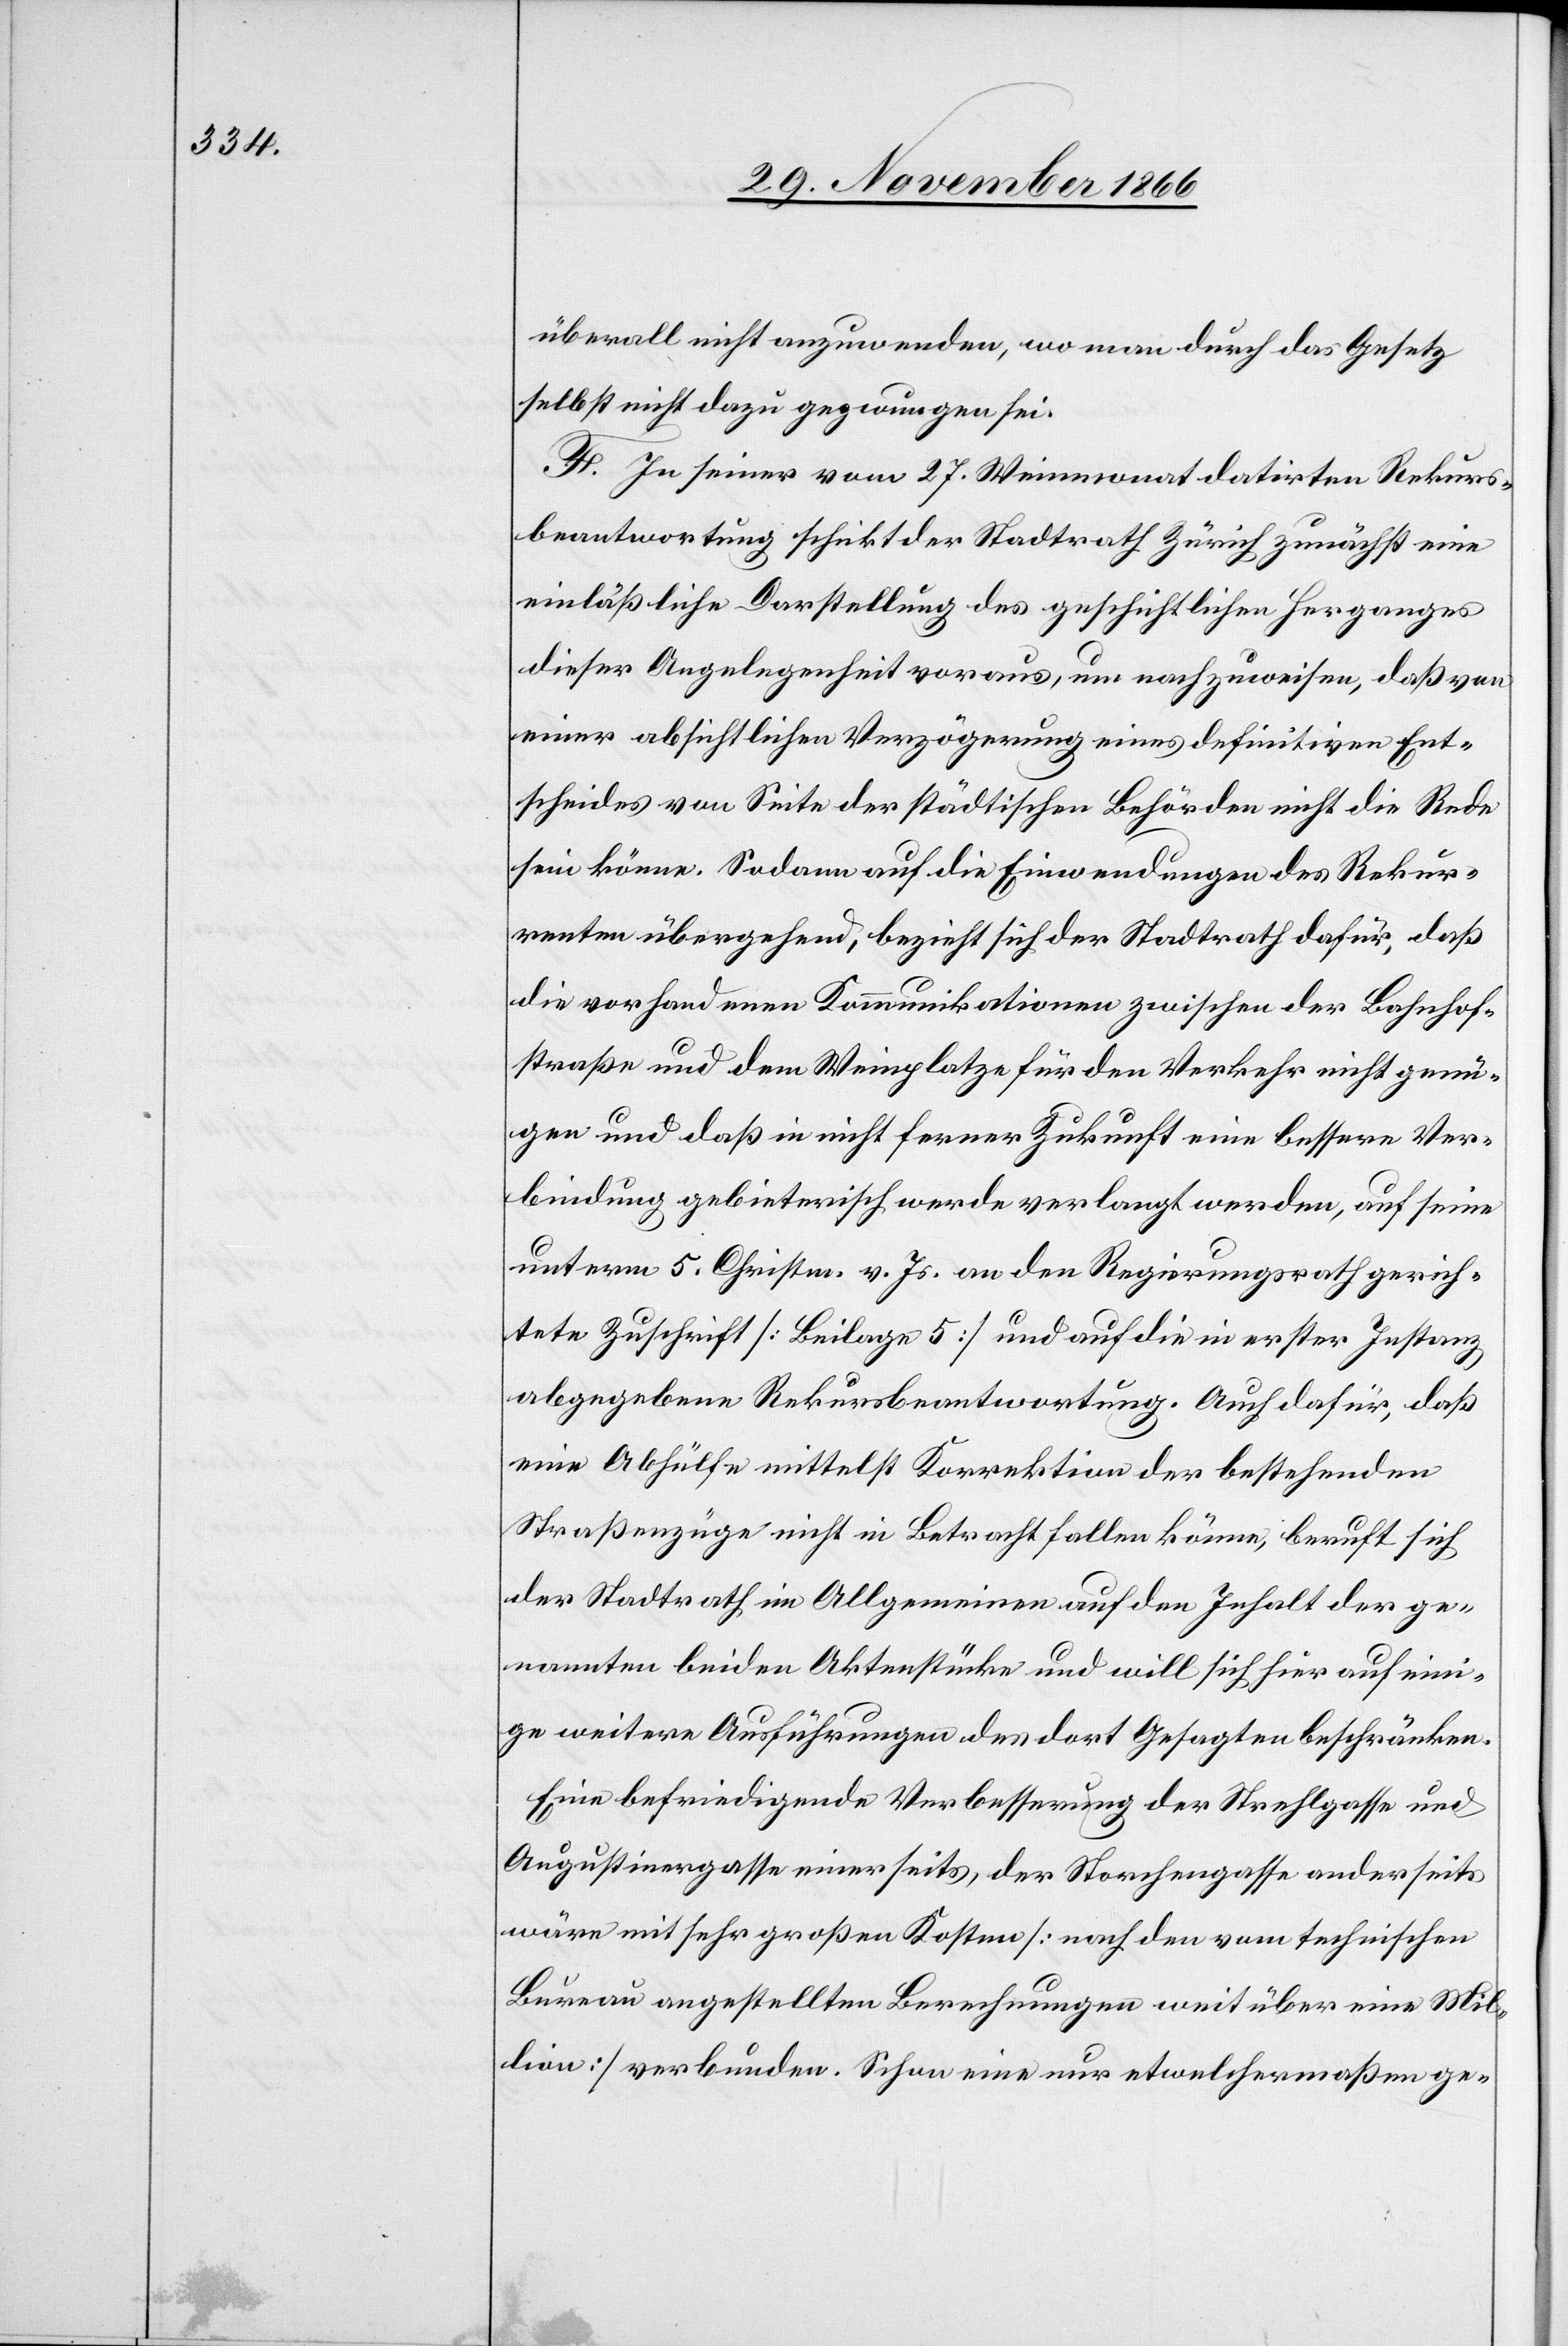
überall nicht anzuwenden, wo man durch das Gesetz
selbst nicht dazu gezwungen sei.
F. In seiner vom 27. Weinmonat datirten Rekurs¬
beantwortung schickt der Stadtrath Zürich zunächst eine
einläßliche Darstellung des geschichtlichen Herganges
dieser Angelegenheit voraus, um nachzuweisen, daß von
einer absichtlichen Verzögerung eines definitiven Ent¬
scheides von Seite der städtischen Behörden nicht die Rede
sein könne. Sodann auf die Einwendungen des Rekur¬
renten übergehend, bezieht sich der Stadtrath dafür, daß
die vorhandenen Kommunikationen zwischen der Bahnhof¬
straße und dem Weinplatze für den Verkehr nicht genü¬
gen und daß in nicht ferner Zukunft eine bessere Ver¬
bindung gebieterisch werde verlangt werden, auf seine
unterm 5. Christm. v. Js. an den Regierungsrath gerich¬
tete Zuschrift [Beilage 5] und auf die in erster Instanz
abgegebene Rekursbeantwortung. Auch dafür, daß
eine Abhülfe mittelst Korrektion der bestehenden
Straßenzüge nicht in Betracht fallen könne, beruft sich
der Stadtrath im Allgemeinen auf den Inhalt der ge¬
nannten beiden Aktenstücke und will sich hier auf eini¬
ge weitere Ausführungen des dort Gesagten beschränken.
Eine befriedigende Verbesserung der Strehlgasse und
Augustinergasse einerseits, der Storchengasse anderseits
wäre mit sehr großen Kosten [nach den vom technischen
Bureau angestellten Berechnungen weit über eine Mil¬
lion] verbunden. Schon eine nur etwelchermaßen ge-